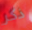
ذكر